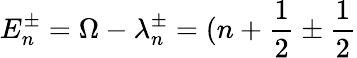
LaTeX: E_{n}^{\pm}=\Omega-\lambda_{n}^{\pm}=(n+\frac{1}{2}\pm\frac{1}{2}